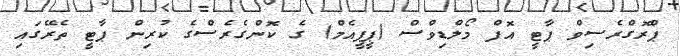
ޕްރޮގްރެސިވް ޕާޓީ އޮފް މޯލްޑިވްސް (ޕީޕީއެމް) ގެ ކޮންގެރެސްގެ ކުރިން ޕާޓީ ތެރޭގައި